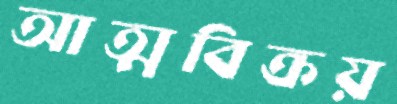
আত্মবিক্রয়